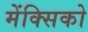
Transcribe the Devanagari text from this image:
मेंक्सिको